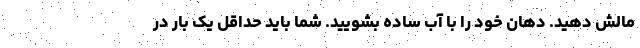
مالش دهید. دهان خود را با آب ساده بشویید. شما باید حداقل یک بار در